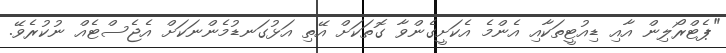
"ޕެޓްރޯލިން އާއި ޑިއުޓީތަކާއި އެންމެ އެކަށީގެންވާ ގޮތަކަށް އޭތި އަޅުގަނޑުމެންނަކަށް އެޖެސްޓެއް ނުކުރެވޭ.